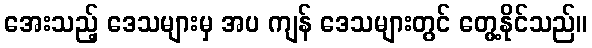
အေးသည့် ဒေသများမှ အပ ကျန် ဒေသများတွင် တွေ့နိုင်သည်။